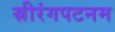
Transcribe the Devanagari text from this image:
स्रीरंगपटनम